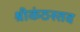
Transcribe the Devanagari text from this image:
श्रीकंठस्तव